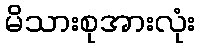
မိသားစုအားလုံး